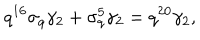
q ^ { 1 6 } \sigma _ { q } \gamma _ { 2 } + \sigma _ { q } ^ { 5 } \gamma _ { 2 } = q ^ { 2 0 } \gamma _ { 2 } ,